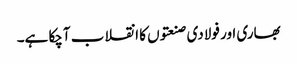
بھاری اور فولادی صنعتوں کا انقلاب آچکا ہے۔